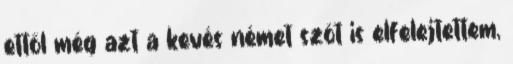
ettől még azt a kevés német szót is elfelejtettem,